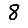
Digit: 8